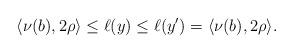
LaTeX: \begin{align*}\langle \nu(b),2\rho\rangle\leq \ell(y) \leq \ell(y') = \langle \nu(b),2\rho\rangle.\end{align*}